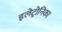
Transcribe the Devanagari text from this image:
इलेट्रोनिका